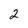
Character: 2